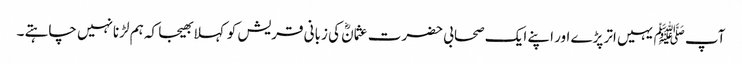
آپ ﷺیہیں اتر پڑے اور اپنے ایک صحابی حضرت عثمانؓ کی زبانی قریش کو کہلا بھیجا کہ ہم لڑنانہیں چاہتے ۔